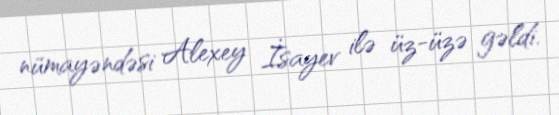
nümayəndəsi Alexey İsayev ilə üz-üzə gəldi.